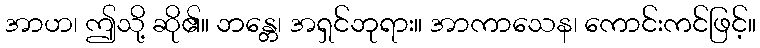
အာဟ၊ ဤသို့ ဆို၏။ ဘန္တေ၊ အရှင်ဘုရား။ အာကာသေန၊ ကောင်းကင်ဖြင့်။